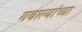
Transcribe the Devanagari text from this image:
गबाल्यांच्या